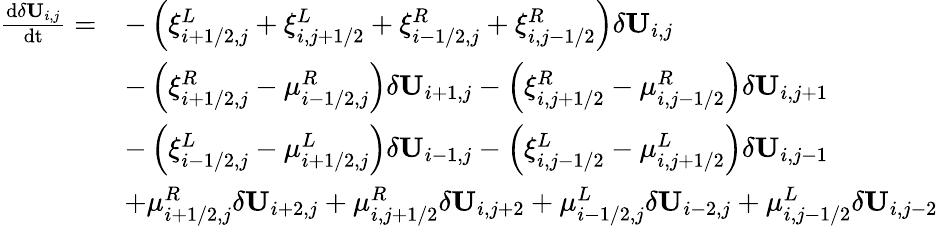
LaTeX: \begin{array}{rl}{\frac{\mathrm{d}\delta\mathbf{U}_{i,j}}{\mathrm{dt}}=}&{-\left(\xi_{i+1/2,j}^{L}+\xi_{i,j+1/2}^{L}+\xi_{i-1/2,j}^{R}+\xi_{i,j-1/2}^{R}\right)\delta\mathbf{U}_{i,j}}\\ &{-\left(\xi_{i+1/2,j}^{R}-\mu_{i-1/2,j}^{R}\right)\delta\mathbf{U}_{i+1,j}-\left(\xi_{i,j+1/2}^{R}-\mu_{i,j-1/2}^{R}\right)\delta\mathbf{U}_{i,j+1}}\\ &{-\left(\xi_{i-1/2,j}^{L}-\mu_{i+1/2,j}^{L}\right)\delta\mathbf{U}_{i-1,j}-\left(\xi_{i,j-1/2}^{L}-\mu_{i,j+1/2}^{L}\right)\delta\mathbf{U}_{i,j-1}}\\ &{+\mu_{i+1/2,j}^{R}\delta\mathbf{U}_{i+2,j}+\mu_{i,j+1/2}^{R}\delta\mathbf{U}_{i,j+2}+\mu_{i-1/2,j}^{L}\delta\mathbf{U}_{i-2,j}+\mu_{i,j-1/2}^{L}\delta\mathbf{U}_{i,j-2}}\end{array}